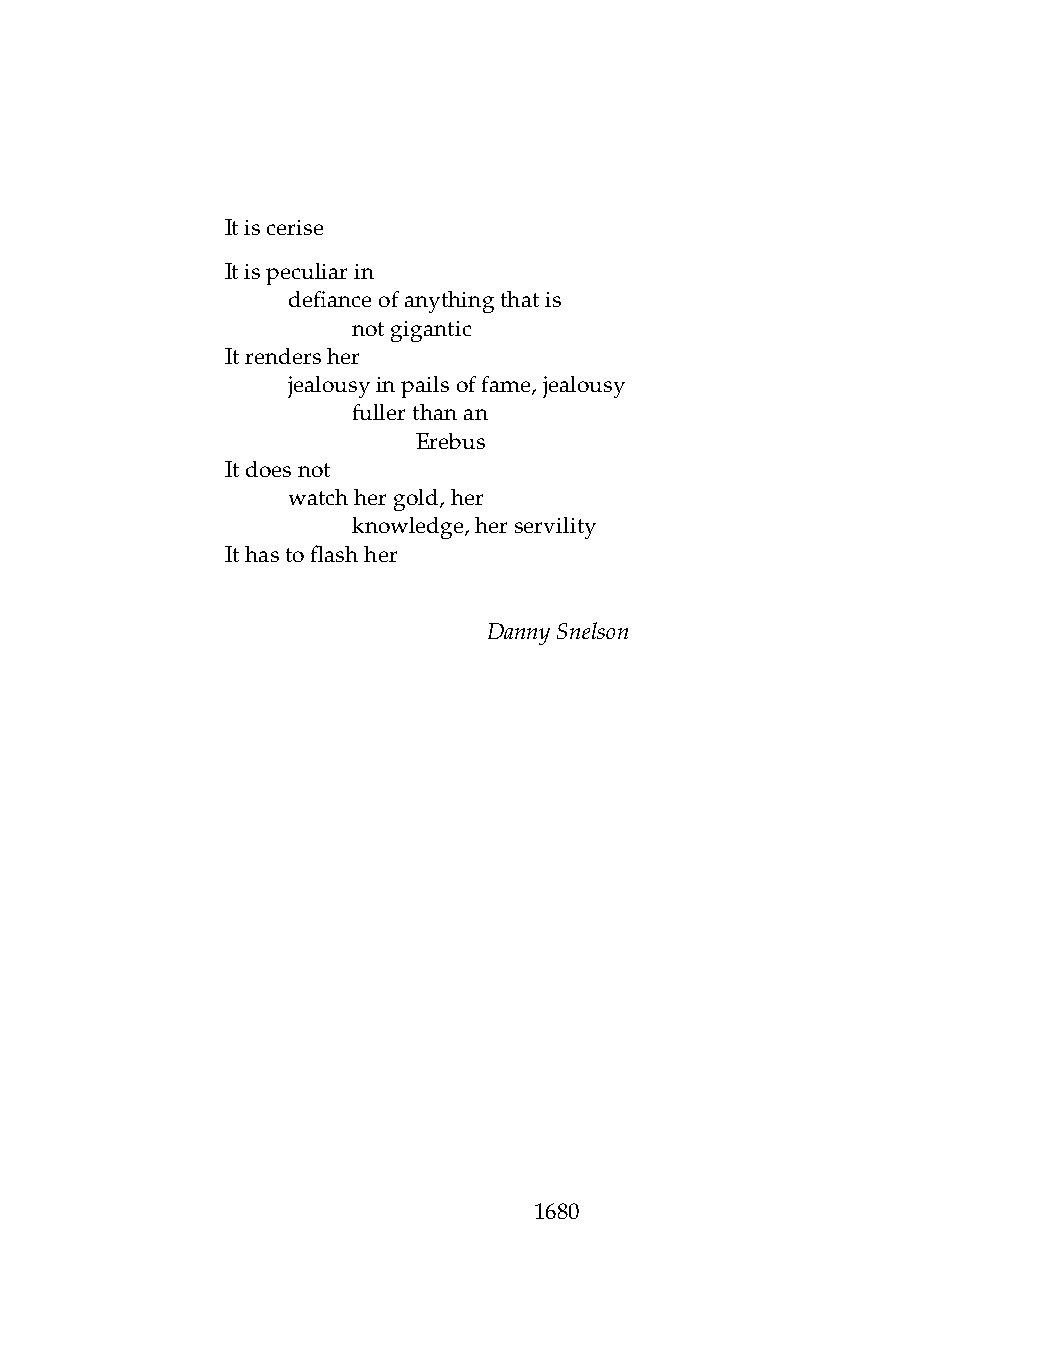
Itiscerise
 Itispeculiarin
 .   defianceofanythingthatis
 .   .   notgigantic
 Itrendersher
 .   jealousyinpailsoffame,jealousy
 .   .   fullerthanan
 .   .   .    Erebus
 Itdoesnot
 .   watchhergold,her
 .   .   knowledge,herservility
 Ithastoflashher
 DannySnelson
 1680